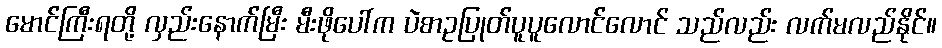
မောင်ကြီးရတို့ လှည်းနောက်မြီး မီးဖိုပေါ်က ပဲစာဥပြုတ်ပူပူလောင်လောင် သည်လည်း လက်မလည်နိုင်။